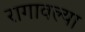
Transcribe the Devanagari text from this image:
रागावल्या